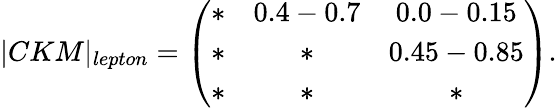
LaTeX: |CKM|_{lepton}=\left(\begin{array}{ccc}{{\ast}}&{{0.4-0.7}}&{{0.0-0.15}}\\ {{\ast}}&{{\ast}}&{{0.45-0.85}}\\ {{\ast}}&{{\ast}}&{{\ast}}\end{array}\right).